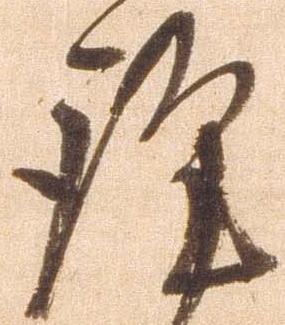
謹